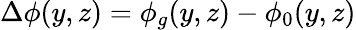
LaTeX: \Delta\phi(y,z)=\phi_{g}(y,z)-\phi_{0}(y,z)